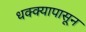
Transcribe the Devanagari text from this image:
धक्क्यापासून